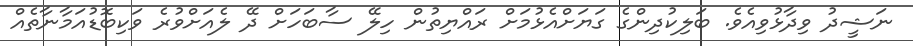
ނަޝީދު ވިދާޅުވިއެވެ. ބަލިކުދިންގެ ގަޔަށްއެޅުމަށް ރައްޔިތުން ހިލޭ ސާބަހަށް ދޭ ލެއަށްވުރެ ވަކިބޮޑުއަމާނާތެއް